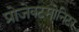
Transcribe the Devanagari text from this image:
प्रोजेक्टमोनिटर